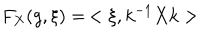
F _ { X } ( g , \xi ) = \, < \xi , k ^ { - 1 } X k >